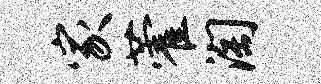
家藿淘